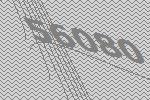
56080